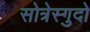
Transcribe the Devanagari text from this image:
सोत्रेस्गुदो